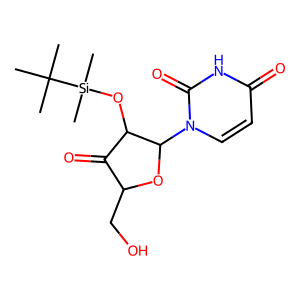
SMILES: CC(C)(C)[Si](C)(C)OC1C(=O)C(CO)OC1n1ccc(=O)[nH]c1=O
Inhibits HIV replication: No